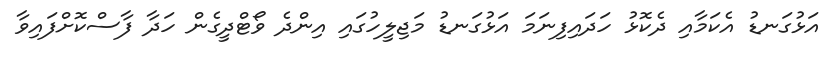
އަޅުގަނޑު އެކަމާއި ދެކޮޅު ހަދައިފިނަމަ އަޅުގަނޑު މަޖިލީހުގައި އިންދެ ވޯޓްދީގެން ހަދާ ފާސްކޮށްފައިވާ